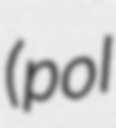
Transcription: (pol